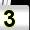
Digit: 3